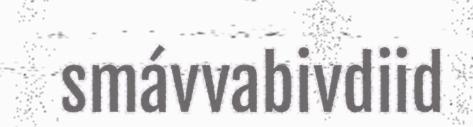
smávvabivdiid